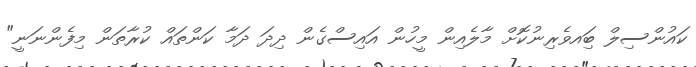
ކައުންސިލް ބަިއވެރިނުކޮށް މާލެއިން މީހުން އައިސްގެން ދިދަ ދަމާ ކަންތައް ކުރާތަން މިފެންނަނީ"